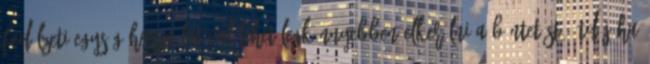
fedélzeti egység használatával lehet legkönnyebben elkerülni a büntetést? ÚTDÍJ.HU